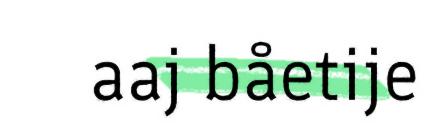
aaj båetije